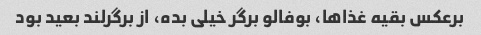
برعکس بقیه غذاها، بوفالو برگر خیلی بده، از برگرلند بعید بود